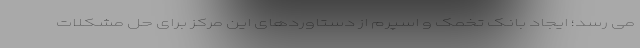
می رسد؛ ایجاد بانک تخمک و اسپرم از دستاوردهای این مرکز برای حل مشکلات